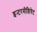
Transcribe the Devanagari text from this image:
इन्टरमीडियेट